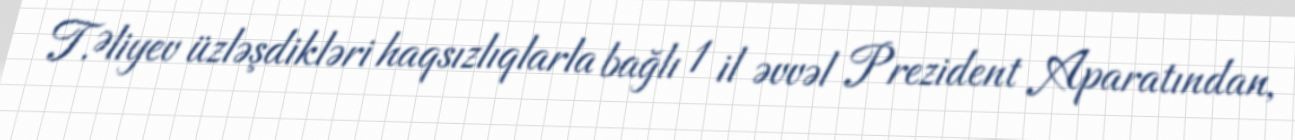
T.Əliyev üzləşdikləri haqsızlıqlarla bağlı 1 il əvvəl Prezident Aparatından,